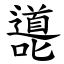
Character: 㘏